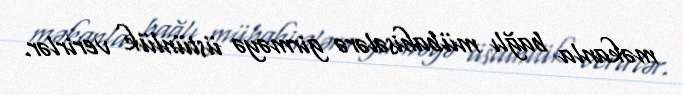
məkanla bağlı mübahisələrə girməyə üstünlük verirlər.